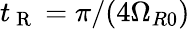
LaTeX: t_{\mathrm{~R~}}=\pi/(4\Omega_{R0})